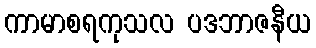
ကာမာစရကုသလ ပဒဘာဇနီယ